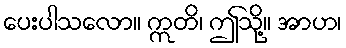
ပေးပါသလော။ ဣတိ၊ ဤသို့။ အာဟ၊